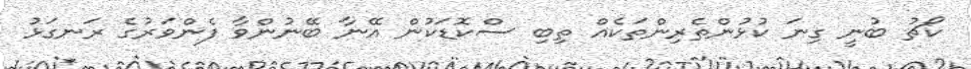
ކޯޗު ބުނީ ގިނަ ކުޅުންތެރިންތަކެއް ތިބި ސްކޮޑަކުން އޭނާ ބޭނުންވާ ފެންވަރުގެ ރަނގަޅު